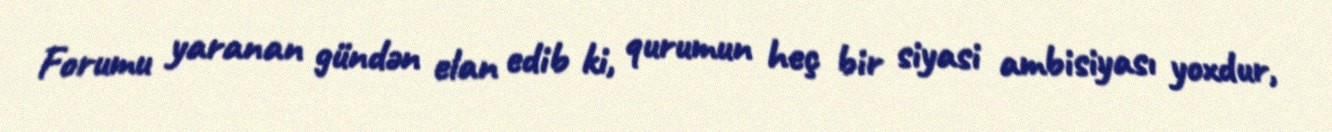
Forumu yaranan gündən elan edib ki, qurumun heç bir siyasi ambisiyası yoxdur,